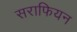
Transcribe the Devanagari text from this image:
सराफियन